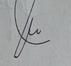
Signature authenticity: genuine